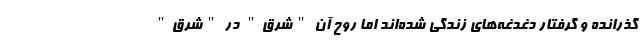
گذرانده و گرفتار دغدغه‌های زندگی شده‌اند اما روح آن "شرق" در "شرق"